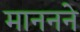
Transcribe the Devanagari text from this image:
माननने